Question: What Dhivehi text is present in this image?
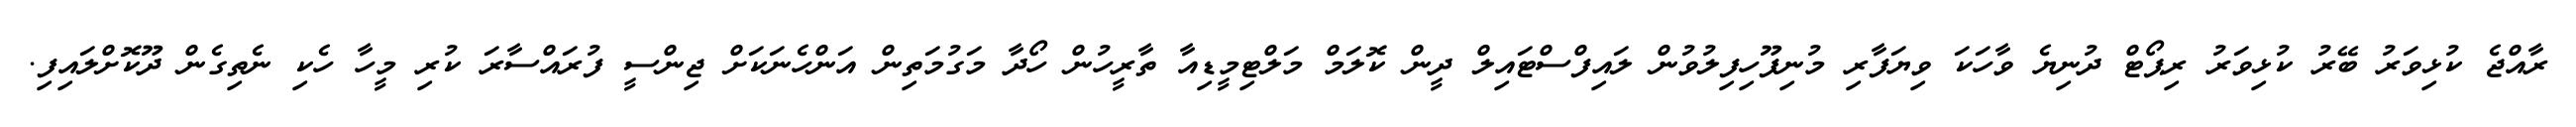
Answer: ރާއްޖެ ކުޅިވަރު ބޭރު ކުޅިވަރު ރިޕޯޓް ދުނިޔެ ވާހަކަ ވިޔަފާރި މުނިފޫހިފިލުވުން ލައިފްސްޓައިލް ދީން ކޮލަމް މަލްޓިމީޑިއާ ތާރީހުން ހޯދާ މަގުމަތިން އަންހެނަކަށް ޖިންސީ ފުރައްސާރަ ކުރި މީހާ ހެކި ނެތިގެން ދޫކޮށްލައިފި.